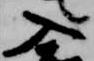
入